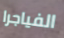
الفياجرا